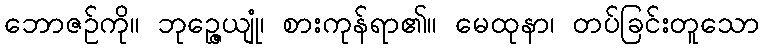
ဘောဇဉ်ကို။ ဘုဉ္ဇေယျုံ၊ စားကုန်ရာ၏။ မေထုနာ၊ တပ်ခြင်းတူသော